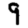
Digit: 9